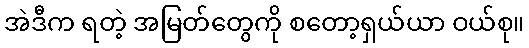
အဲဒီက ရတဲ့ အမြတ်တွေကို စတော့ရှယ်ယာ ဝယ်စု။